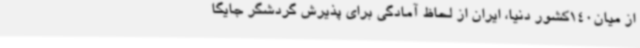
از میان140کشور دنیا، ایران از لحاظ آمادگی برای پذیرش گردشگر جایگا